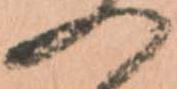
へ